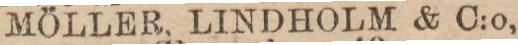
MÖLLER, LINDHOLM & C:o,